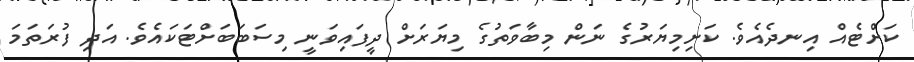
ކަށްޓެއް އިނދެއެވެ. ކަށިމިޔަރުގެ ނަން މިބާވަތުގެ މިޔަރަށް ދީފައިވަނީ މިސަބަބަށްޓަކައެވެ. އަދި ފުރަތަމަ